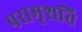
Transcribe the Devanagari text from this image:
परामृशति